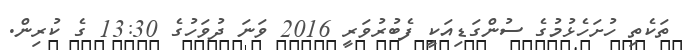
ތަކެތި ހުށަހެޅުމުގެ ސުންގަޑިއަކީ ފެބުރުވަރީ 2016 ވަނަ ދުވަހުގެ 13:30 ގެ ކުރިން.